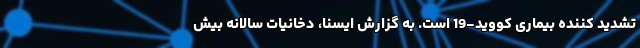
تشدید کننده بیماری کووید-19 است. به گزارش ایسنا، دخانیات سالانه بیش